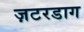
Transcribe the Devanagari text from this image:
ज़टरडाग